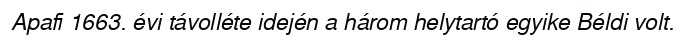
Apafi 1663. évi távolléte idején a három helytartó egyike Béldi volt.